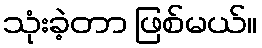
သုံးခဲ့တာ ဖြစ်မယ်။